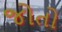
જોતો